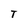
Character: T